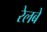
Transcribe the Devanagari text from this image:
रेलबे